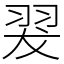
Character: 翇